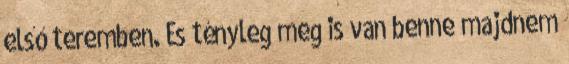
első teremben. És tényleg meg is van benne majdnem